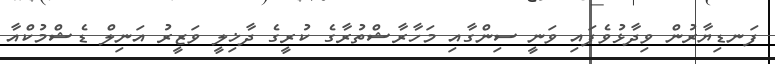
ފަނޑިޔާރުން ވިދާޅުވެފައި ވަނީ ސިންގާއި މަހާރާޝްތުރާގެ ކުރީގެ ދާޚިލީ ވަޒީރު އަނިލް ޑެޝްމުކްއާ